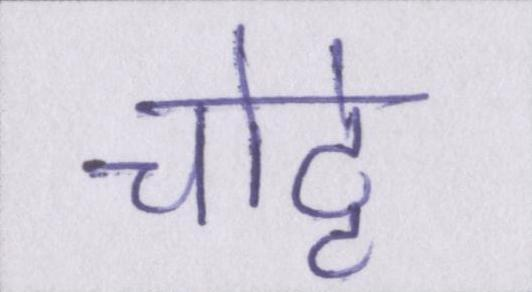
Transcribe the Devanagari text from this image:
चोट्टे